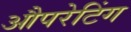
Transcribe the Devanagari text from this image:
औपरेटिंग